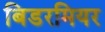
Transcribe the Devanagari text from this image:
बिडरमियर